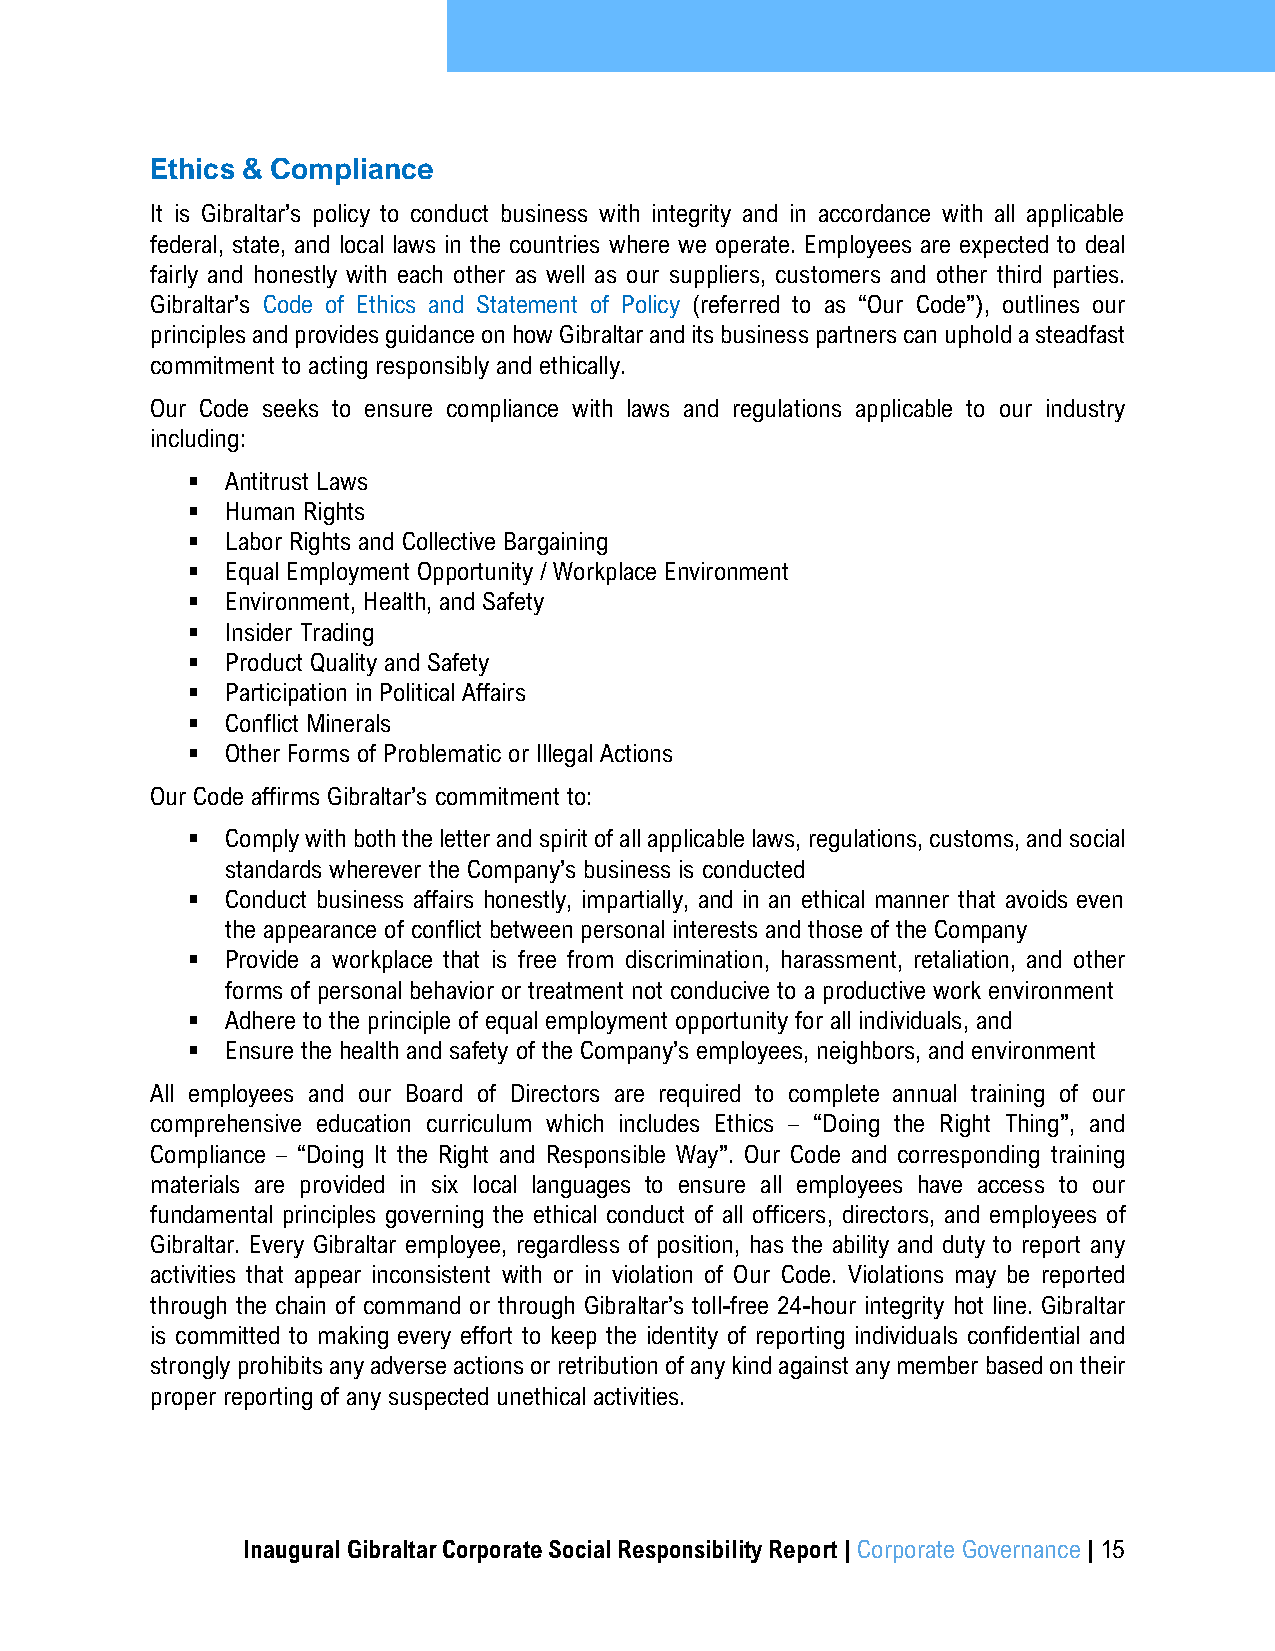
Ethics & Compliance
 It is Gibraltar’s policy to conduct business with integrity and in accordance with all applicable
 federal, state, and local laws in the countries where we operate. Employees are expected to deal
 fairly and honestly with each other as well as our suppliers, customers and other third parties.
 Gibraltar’s Code of Ethics and Statement of Policy (referred to as “Our Code”), outlines our
 principles and provides guidance on how Gibraltar and its business partners can uphold a steadfast
 commitment to acting responsibly and ethically.
 Our Code seeks to ensure compliance with laws and regulations applicable to our industry
 including:
 ▪  Antitrust Laws
 ▪  Human Rights
 ▪  Labor Rights and Collective Bargaining
 ▪  Equal Employment Opportunity / Workplace Environment
 ▪  Environment, Health, and Safety
 ▪  Insider Trading
 ▪  Product Quality and Safety
 ▪  Participation in Political Affairs
 ▪  Conflict Minerals
 ▪  Other Forms of Problematic or Illegal Actions
 Our Code affirms Gibraltar’s commitment to:
 ▪  Comply with both the letter and spirit of all applicable laws, regulations, customs, and social
 standards wherever the Company’s business is conducted
 ▪  Conduct business affairs honestly, impartially, and in an ethical manner that avoids even
 the appearance of conflict between personal interests and those of the Company
 ▪  Provide a workplace that is free from discrimination, harassment, retaliation, and other
 forms of personal behavior or treatment not conducive to a productive work environment
 ▪  Adhere to the principle of equal employment opportunity for all individuals, and
 ▪  Ensure the health and safety of the Company’s employees, neighbors, and environment
 All employees and our Board of Directors are required to complete annual training of our
 comprehensive education curriculum which includes Ethics – “Doing the Right Thing”, and
 Compliance – “Doing It the Right and Responsible Way”. Our Code and corresponding training
 materials are provided in six local languages to ensure all employees have access to our
 fundamental principles governing the ethical conduct of all officers, directors, and employees of
 Gibraltar. Every Gibraltar employee, regardless of position, has the ability and duty to report any
 activities that appear inconsistent with or in violation of Our Code. Violations may be reported
 through the chain of command or through Gibraltar’s toll-free 24-hour integrity hot line. Gibraltar
 is committed to making every effort to keep the identity of reporting individuals confidential and
 strongly prohibits any adverse actions or retribution of any kind against any member based on their
 proper reporting of any suspected unethical activities.
 Inaugural Gibraltar Corporate Social Responsibility Report | Corporate Governance | 15